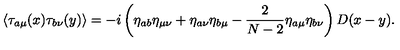
\langle \tau _ { a \mu } ( x ) \tau _ { b \nu } ( y ) \rangle = - i \left( \eta _ { a b } \eta _ { \mu \nu } + \eta _ { a \nu } \eta _ { b \mu } - \frac { 2 } { N - 2 } \eta _ { a \mu } \eta _ { b \nu } \right) D ( x - y ) .